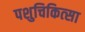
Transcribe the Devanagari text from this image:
पशुचिकित्‍सा